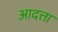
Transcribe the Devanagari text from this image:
आदत्ता